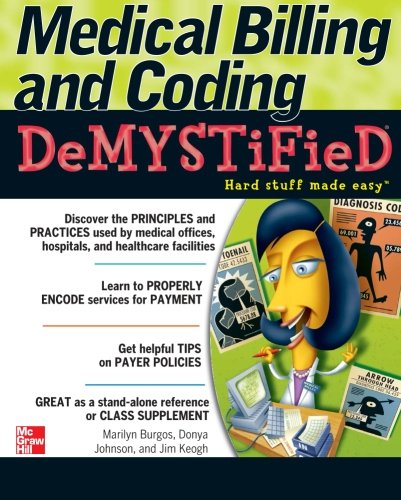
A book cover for Medical Billing & Coding Demystified; Marilyn Burgos; Medical Books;